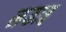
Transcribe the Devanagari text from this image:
लडाइ